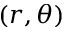
( r , \theta )